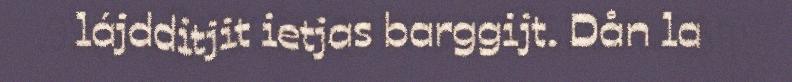
lájdditjit ietjas barggijt. Dån la